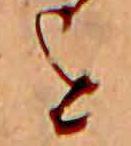
を